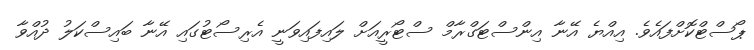
ޕޯސްޓްކޮށްފައެވެ. އިއްޔެ އޭނާ އިންސްޓަގްރާމް ސްޓޯރީއަށް ލައިފައިވަނީ އެރިސޯޓުގައި އޭނާ ބައިސްކަލު ދުއްވާ